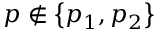
p \notin \left\{ p _ { 1 } , p _ { 2 } \right\}